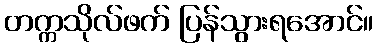
တက္ကသိုလ်ဖက် ပြန်သွားရအောင်။